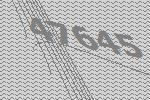
47645